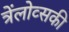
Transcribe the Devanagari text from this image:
त्रेंलोव्सकी